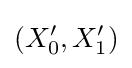
\left(X'_{0},X'_{1}\right)